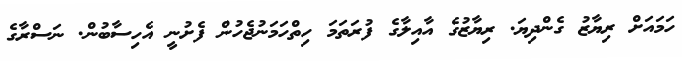
ހަމައަށް ރިޔާޒު ގެންދިޔަ. ރިޔާޒުގެ އާއިލާގެ ފުރަތަމަ ހިތްހަމަނުޖެހުން ފެށުނީ އެހިސާބުން. ނަސްރާގެ